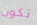
تكون